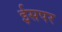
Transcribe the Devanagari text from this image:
ईसपर